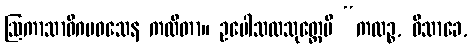
ဩကာသာဓိဂမဝသေန ကထိတာ။ ဥပေါသထသုတ္တေပိ “ကထဉ္စ, ဝိသာခေ,